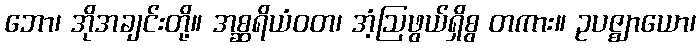
ဘော၊ အိုအချင်းတို့။ အစ္ဆရိယံဝတ၊ အံ့ဩဖွယ်ရှိစွ တကား။ ဥပဇ္ဈာယော၊